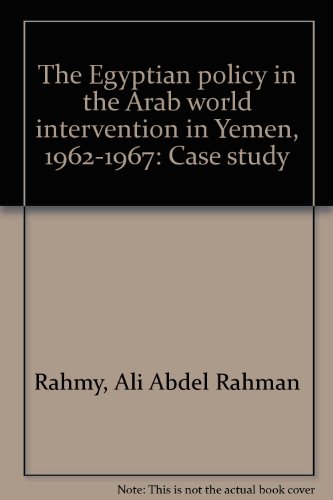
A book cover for The Egyptian policy in the Arab world intervention in Yemen, 1962-1967: Case study; Ali Abdel Rahman Rahmy; History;